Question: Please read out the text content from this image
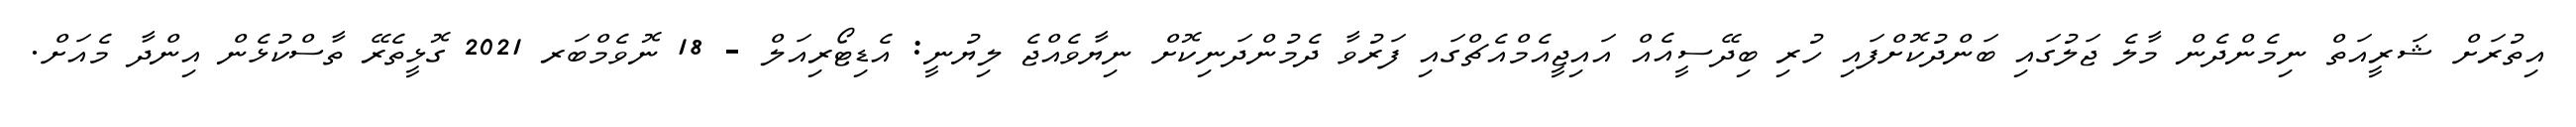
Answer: އިތުރަށް ޝަރީއަތް ނިމެންދެން މާލެ ޖަލުގައި ބަންދުކޮށްފައި ހުރި ބިދޭސީއެއް އައިޖީއެމްއެޗްގައި ފަރުވާ ދެމުންދަނިކޮށް ނިޔާވެއްޖެ ލިޔުނީ: އެޑިޓޯރިއަލް - 18 ނޮވެމްބަރ 2021 ގޮޅީތެރޭ ތާސްކުޅެން އިންދާ މެއަށް.